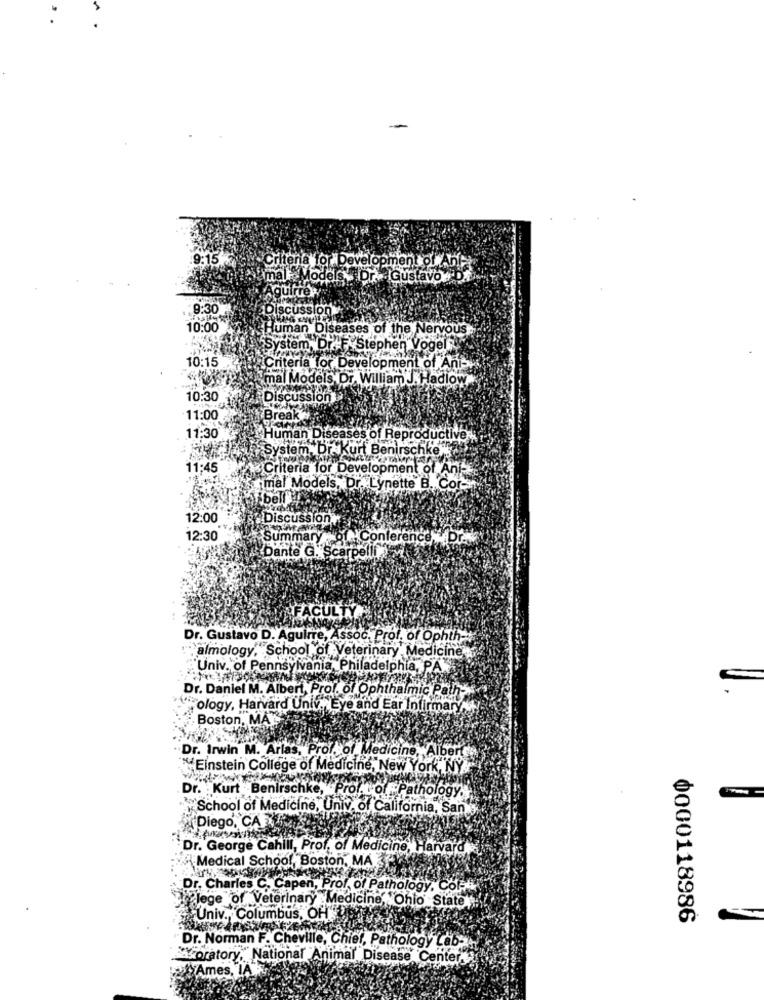
9:15 7
ena for Development
oment of An
odels . Dr. Gustavo
rrey
9:30
Discussion
10:00
Human Diseases of the Nervous
System, Dr. F Stephen Vogel
10:15
Criteria for Development of Ani-
malModels, Dr. William J. Hadlow
10:30
Discus
11:00
Brea
11:30
Human Diseases of Reproductive
System. Dr. kum
Kurt Benirschke
11:45
Criteria for Development of Ant-
imal Models, Dr. Lynette B. Cor-
ibell
12:00
Discussion
12:30
Summary of Conference . Dr.
Dante G. Scarp
FACULTY
Dr. Gustavo D. Aguirre, Assoc, Prof. of Ophth -::
almology, School of Veterinary Medicine ..
Univ. of Pennsylvania, Philadelphia, PA
Dr. Daniel M. Albert, Prof. of Ophthalmic Path
"ology, Harvard Univ. Eye and Ear Infirmary ..
Boston, MA
Dr. Irwin M. Arlas, Prof. of Medicine, Albert
"Einstein College of Medicine, New York, NY
Dr. Kurt Benirschke, Prof.t of Pathology,
School of Medicine, Univ, of California, San
Diego, CA
Dr. George Cahill, Prof, of Medicine, Harvard
Medical School, Boston, MA
Dr. Charles C. Capen, Prof. of Pathology, Cof-
lege of Veterinary Medicine, Ohio State
Univ ., Columbus, OH
0000118986
Dr. Norman F. Cheville, Chief, Pathology Lab --
oratory, National Animal Disease Center,
Ames, LA